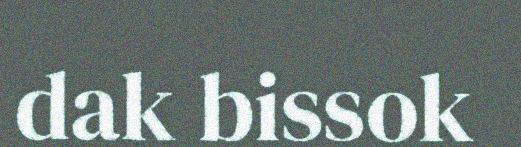
dak bissok